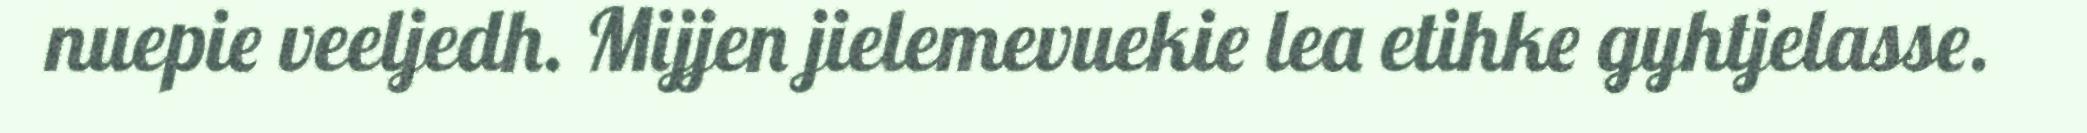
nuepie veeljedh. Mijjen jielemevuekie lea etihke gyhtjelasse.